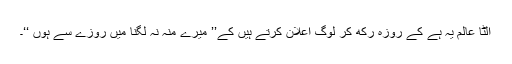
الٹا عالم یہ ہے کے روزہ رکھ کر لوگ اعلان کرتے ہیں کے’’ میرے منہ نہ لگنا میں روزے سے ہوں ‘‘۔